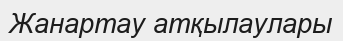
Жанартау атқылаулары